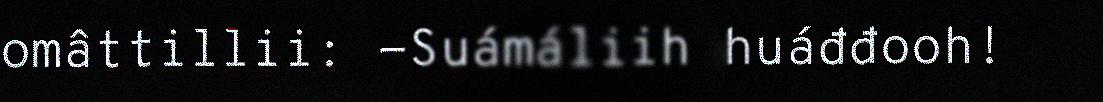
omâttillii: -Suámáliih huáđđooh!